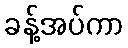
ခန့်အပ်ကာ